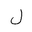
Letter: _lam